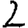
Digit: 2